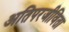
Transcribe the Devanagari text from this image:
अतिपरजीविता